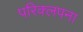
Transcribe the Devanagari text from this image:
परिक्लपना